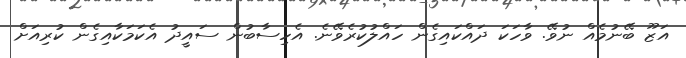
އަޒޫ ބޭނުމެއް ނުވޭ. ވާހަކަ ދައްކައިގެން ހައްލުކުރެވޭނެ. އެހިސާބުން ސައީދު އެކަމަކާއިގެން ކުރިއަށް